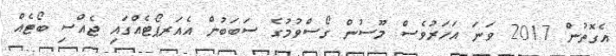
އެގޮތުން 2017 ވަނަ އަހަރުވެސް މޫސުން ގޯސްވުމުގެ ސަބަބުން އެއަރޕޯޓެއްގައި ޖެއްސި ބޯޓެއް